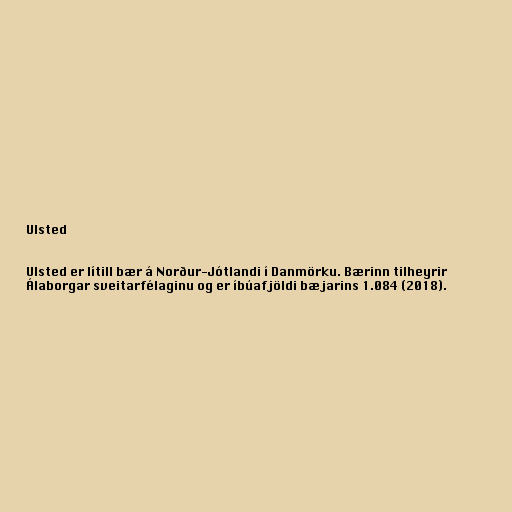
Ulsted

Ulsted er lítill bær á Norður-Jótlandi í Danmörku. Bærinn tilheyrir
Álaborgar sveitarfélaginu og er íbúafjöldi bæjarins 1.084 (2018).